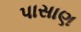
પાસાણ